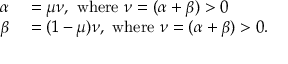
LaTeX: \begin{array} { r l } { \alpha } & { { } = \mu \nu , { \mathrm { ~ w h e r e ~ } } \nu = ( \alpha + \beta ) > 0 } \\ { \beta } & { { } = ( 1 - \mu ) \nu , { \mathrm { ~ w h e r e ~ } } \nu = ( \alpha + \beta ) > 0 . } \end{array}